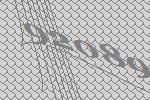
92089